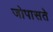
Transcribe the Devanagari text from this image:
जोपासते